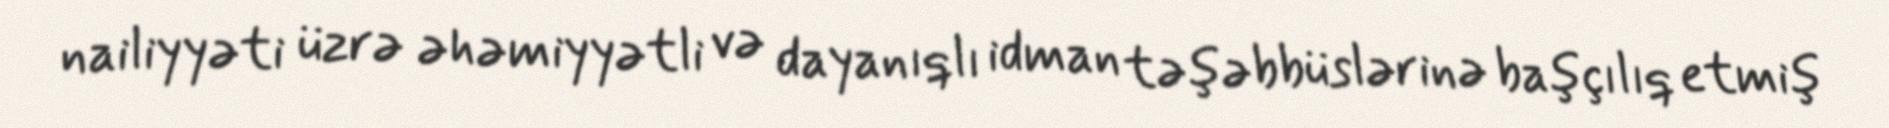
nailiyyəti üzrə əhəmiyyətli və dayanıqlı idman təşəbbüslərinə başçılıq etmiş